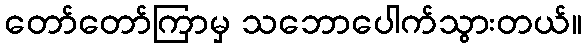
တော်တော်ကြာမှ သဘောပေါက်သွားတယ်။